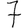
Digit: 7